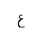
Letter: _ayn